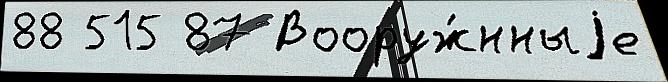
88 515 87 Вооруж́нныjе